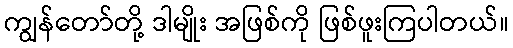
ကျွန်တော်တို့ ဒါမျိုး အဖြစ်ကို ဖြစ်ဖူးကြပါတယ်။